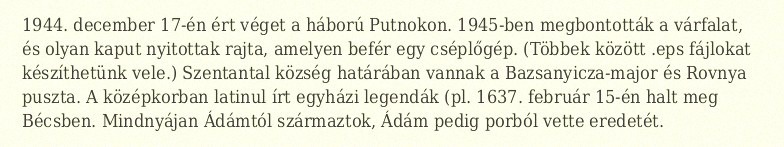
1944. december 17-én ért véget a háború Putnokon. 1945-ben megbontották a várfalat, és olyan kaput nyitottak rajta, amelyen befér egy cséplőgép. (Többek között .eps fájlokat készíthetünk vele.) Szentantal község határában vannak a Bazsanyicza-major és Rovnya puszta. A középkorban latinul írt egyházi legendák (pl. 1637. február 15-én halt meg Bécsben. Mindnyájan Ádámtól származtok, Ádám pedig porból vette eredetét.